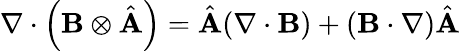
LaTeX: \nabla\cdot\left(\mathbf{B}\otimes{\hat{\mathbf{A}}}\right)={\hat{\mathbf{A}}}(\nabla\cdot\mathbf{B})+(\mathbf{B}\cdot\nabla){\hat{\mathbf{A}}}